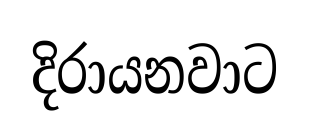
දිරායනවාට